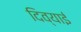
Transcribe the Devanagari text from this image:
दिव्याई